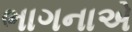
ભાગનાએ